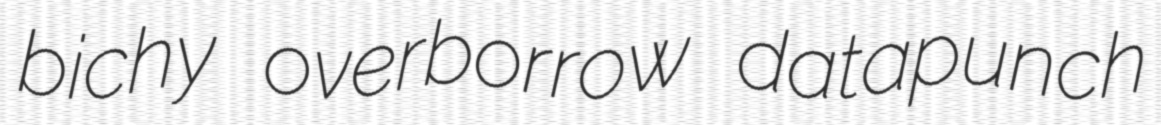
bichy overborrow datapunch